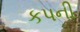
કપની